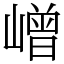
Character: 嶒